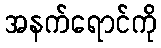
အနက်ရောင်ကို